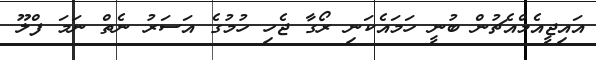
އައިޖީއެމްއެޗުން ބުނީ ހަމައެކަނި ރޯގާ ޖެހި ހުމުގެ އަސަރު ނެތް ނަމަ ފްލޫ